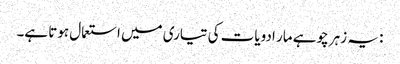
: یہ زہر چوہے مار ادویات کی تیاری میں استعمال ہوتا ہے۔